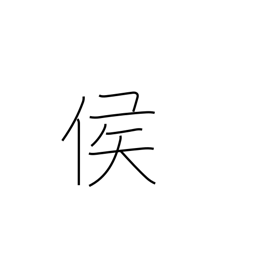
Meaning: marquis